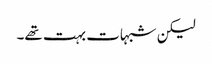
لیکن شبہات بہت تھے۔